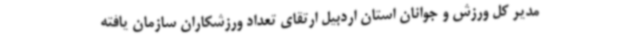
مدیر کل ورزش و جوانان استان اردبیل ارتقای تعداد ورزشکاران سازمان یافته